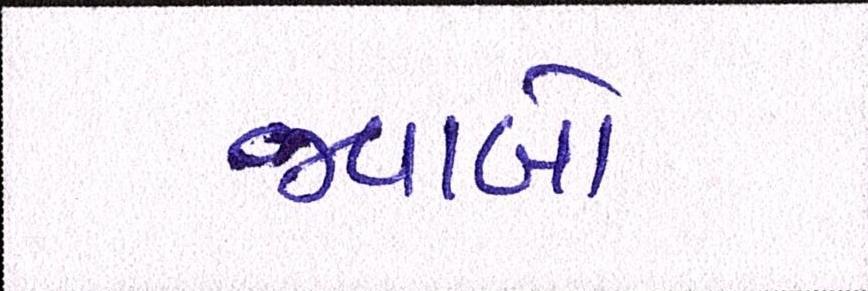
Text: જવાબો